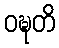
ဝဍ္ဎတိ